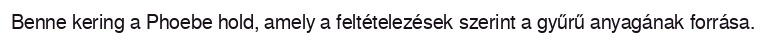
Benne kering a Phoebe hold, amely a feltételezések szerint a gyűrű anyagának forrása.